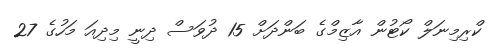
ކްރިމިނަލް ކޯޓުން އާޒިމްގެ ބަންދަށް 15 ދުވަސް ދިނީ މިދިއަ މަހުގެ 27